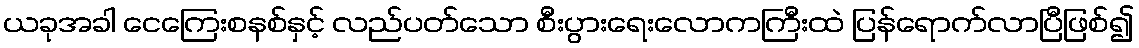
ယခုအခါ ငေကြေးစနစ်နှင့် လည်ပတ်သော စီးပွားရေးလောကကြီးထဲ ပြန်ရောက်လာပြီဖြစ်၍